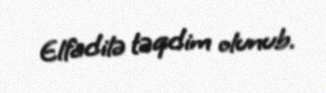
Elfadilə təqdim olunub.